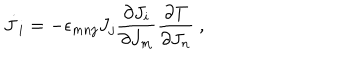
\dot { J } _ { i } = - \epsilon _ { m n j } J _ { j } \frac { \partial J _ { i } } { \partial J _ { m } } \frac { \partial T } { \partial J _ { n } } ~ ,